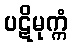
ပဋိမုက္ကံ